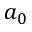
a _ { 0 }